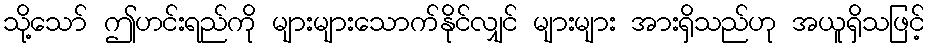
သို့သော် ဤဟင်းရည်ကို များများသောက်နိုင်လျှင် များများ အားရှိသည်ဟု အယူရှိသဖြင့်